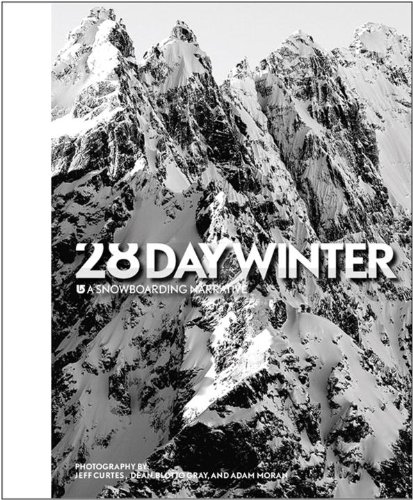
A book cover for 28 Day Winter: A Snowboarding Narrative; Sports & Outdoors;